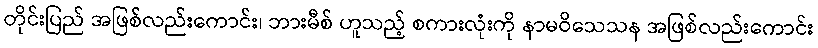
တိုင်းပြည် အဖြစ်လည်းကောင်း၊ ဘားမီစ် ဟူသည့် စကားလုံးကို နာမဝိသေသန အဖြစ်လည်းကောင်း